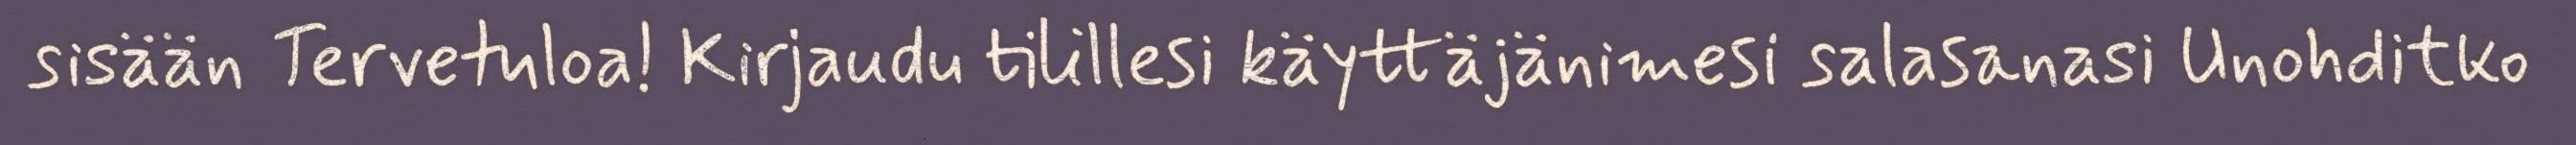
sisään Tervetuloa! Kirjaudu tilillesi käyttäjänimesi salasanasi Unohditko